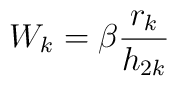
W_k = \beta \frac{r_k}{h_{2k}}